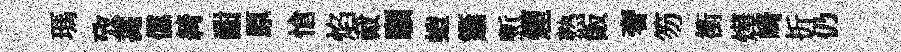
瑪攷薧儻綺酣原愴焰戴願螘簫慙煙熟飯奢笏衝燁崎折仍